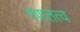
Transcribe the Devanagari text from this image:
गणतत्व